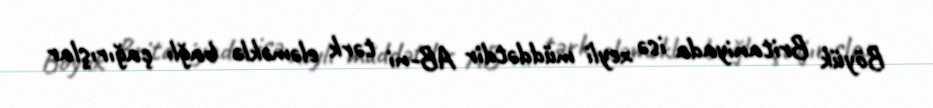
Böyük Britaniyada isə xeyli müddətdir AB-ni tərk eləməklə bağlı çağırışlar